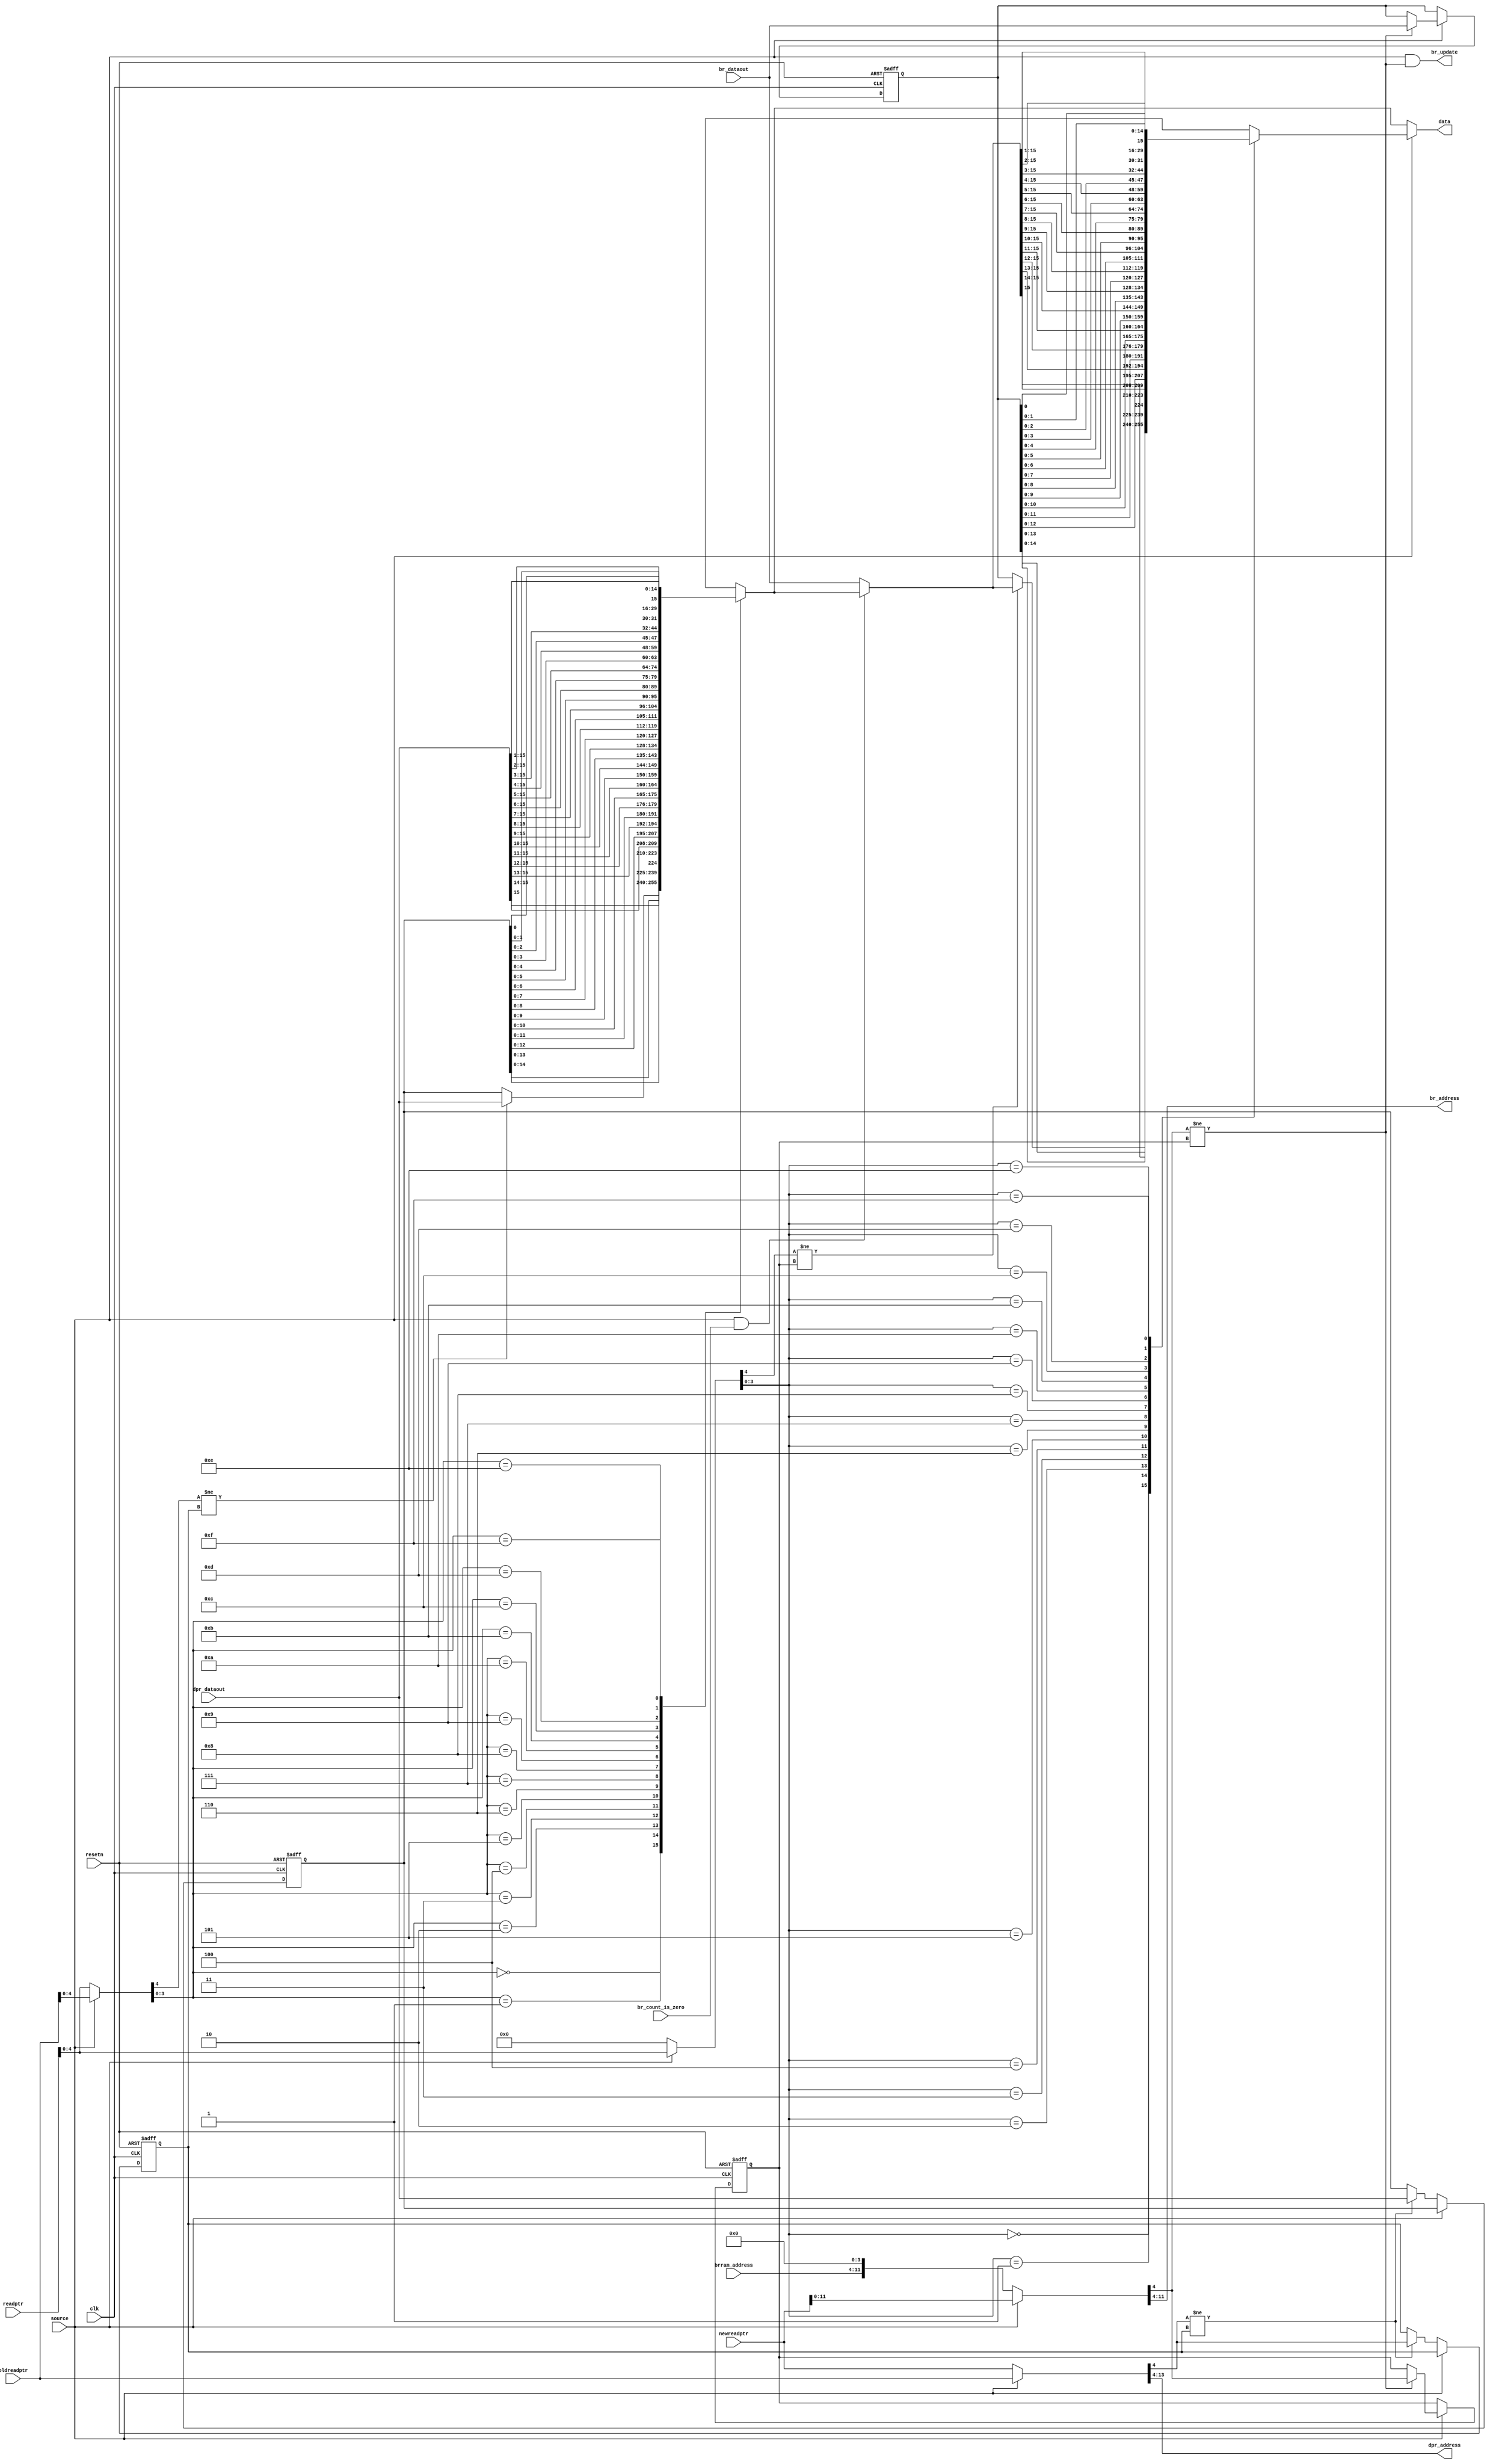
module streamer(clk,resetn,source,data,
 readptr,newreadptr,oldreadptr,
 brram_address,br_dataout,br_address,
 dpr_address,dpr_dataout,
 br_update,br_count_is_zero
);
  input clk;
  input resetn;
  input source;  // 0 = main stream, 1 = bit reservoir
  output [15:0] data;
  input [13:0] readptr;
  input [13:0] newreadptr;
  input [13:0] oldreadptr;
  
  input [7:0] brram_address;
  
  input [15:0] br_dataout;
  output [7:0] br_address;
  
  output [9:0] dpr_address;
  input [15:0] dpr_dataout;

  output br_update;
  input br_count_is_zero;

  wire [15:0] ms_dataout;
  wire [15:0] br_dataout;
  reg [15:0] ms_data;
  reg [15:0] br_data;
  reg [15:0] data;
  wire [31:0] ms_databuf;
  wire [31:0] br_databuf;
  reg [15:0] ms_buffer;
  reg [15:0] br_buffer;
  reg [13:0] ms_newreadptr;
  //reg [13:0] ms_oldreadptr;
  reg [13:0] ms_readptr;
  reg [13:0] br_newreadptr;
  //reg [13:0] br_oldreadptr;
  reg [13:0] br_readptr;
  
  reg ms_readptr4_buf;
  reg br_readptr4_buf;
  
  wire br_update;  // for updating br_count
  assign br_update = (source == 1 && (br_newreadptr[4] != br_readptr4_buf));
  
  //assign brram_dataout = br_dataout;
  
  assign ms_databuf = {ms_buffer,ms_dataout};
  //assign br_readptr = readptr;
  
  assign br_databuf = {br_buffer,((source && br_count_is_zero) ? ms_data : br_dataout)};
  
    
  always @(source, readptr, newreadptr, oldreadptr, ms_data, br_data,brram_address)
  begin
    if (source == 0)
    begin
      ms_readptr <= readptr;
      ms_newreadptr <= newreadptr;
      br_readptr <= 0;
      br_newreadptr <= {2'b00,brram_address,4'b0000};
      data <= ms_data;
    end
    else
    begin
      ms_readptr <= oldreadptr;
      ms_newreadptr <= oldreadptr;
      br_readptr <= readptr;
      br_newreadptr <= {2'h0,newreadptr[11:0]};
      data <= br_data;
    end
  end  // always
  
  assign dpr_address = ms_newreadptr[13:4];
  assign ms_dataout = dpr_dataout;
  
  assign br_address = br_newreadptr[11:4];
  //mp3file testram(.clk(clk), .address(ms_newreadptr[13:4]), .dataout(ms_dataout));
  //bitreversoir testbr(.clk(clk), .address(br_newreadptr[13:4]), .dataout(br_dataout));
  /*
  // Bit Reversoir
  RAMB16_S18 brram(
    .DO(br_dataout),
    .DOP(),
    .ADDR(br_newreadptr[13:4]),
    .CLK(clk),
    .DI(brram_datain),
    .DIP(2'b00),
    .EN(1'b1),
    .SSR(1'b0),
    .WE(brram_we)
  );
  */
  always @(ms_readptr,ms_databuf,ms_readptr4_buf)
  begin
    case (ms_readptr[3:0])
    0:
    begin
      if (ms_readptr[4] != ms_readptr4_buf)
        ms_data <= ms_databuf[15:0];
      else
        ms_data <= ms_databuf[31:16];
    end
    1: ms_data <= ms_databuf[30:15];
    2: ms_data <= ms_databuf[29:14];
    3: ms_data <= ms_databuf[28:13];
    4: ms_data <= ms_databuf[27:12];
    5: ms_data <= ms_databuf[26:11];
    6: ms_data <= ms_databuf[25:10];
    7: ms_data <= ms_databuf[24:9];
    8: ms_data <= ms_databuf[23:8];
    9: ms_data <= ms_databuf[22:7];
    10: ms_data <= ms_databuf[21:6];
    11: ms_data <= ms_databuf[20:5];
    12: ms_data <= ms_databuf[19:4];
    13: ms_data <= ms_databuf[18:3];
    14: ms_data <= ms_databuf[17:2];
    15: ms_data <= ms_databuf[16:1];
    endcase  
  end
  
  always @(br_readptr,br_databuf,br_readptr4_buf)
  begin
    case (br_readptr[3:0])
    0:
    begin
      if (br_readptr[4] != br_readptr4_buf)
        br_data <= br_databuf[15:0];
      else
        br_data <= br_databuf[31:16];
    end
    1: br_data <= br_databuf[30:15];
    2: br_data <= br_databuf[29:14];
    3: br_data <= br_databuf[28:13];
    4: br_data <= br_databuf[27:12];
    5: br_data <= br_databuf[26:11];
    6: br_data <= br_databuf[25:10];
    7: br_data <= br_databuf[24:9];
    8: br_data <= br_databuf[23:8];
    9: br_data <= br_databuf[22:7];
    10: br_data <= br_databuf[21:6];
    11: br_data <= br_databuf[20:5];
    12: br_data <= br_databuf[19:4];
    13: br_data <= br_databuf[18:3];
    14: br_data <= br_databuf[17:2];
    15: br_data <= br_databuf[16:1];
    endcase  
  end
  
  always @(posedge clk or negedge resetn)
  begin
    if (resetn == 0)
    begin
      ms_readptr4_buf <= 0;
      br_readptr4_buf <= 0;
      ms_buffer <= 0;
      br_buffer <= 0;
    end
    else
    begin
      if (source == 0)
      begin
        if (ms_newreadptr[4] != ms_readptr4_buf)  // out of buffer, read 16-bit data
        begin  // also means address is updated
          ms_readptr4_buf <= ms_newreadptr[4];  // update out of buffer indicator
          //databuf[31:16] <= databuf[15:0];  // shift the data to the data buffer
          ms_buffer <= ms_dataout;  // read new data
        end
      end
      else
      begin
        if (br_newreadptr[4] != br_readptr4_buf)  // out of buffer, read 16-bit data
        begin  // also means address is updated
          br_readptr4_buf <= br_newreadptr[4];  // update out of buffer indicator
          //databuf[31:16] <= databuf[15:0];  // shift the data to the data buffer
          br_buffer <= br_dataout;  // read new data
        end
      end
    end  // if resetn
  end // always
  

endmodule